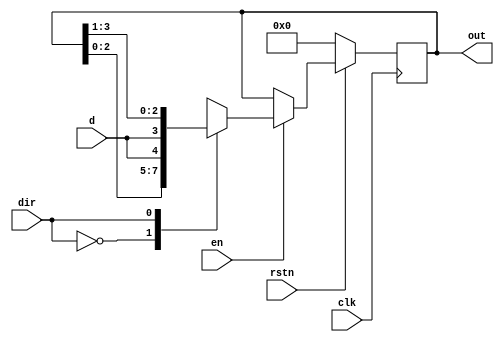
`timescale 1ns / 1ps

module Bidirectional_shift #( parameter MSB = 4)
 ( 	input d,                      
	input clk,                    
	input en,                    
	input dir,                    
	input rstn,                   
	output reg [MSB-1:0] out); 
     	

   always @ (posedge clk)
      if (!rstn)
         out <= 0;
      else begin
         if (en)
            case (dir)
               0 :  out <= {out[MSB-2:0], d};
               1 :  out <= {d, out[MSB-1:1]};
            endcase
         else
            out <= out;
      end
endmodule